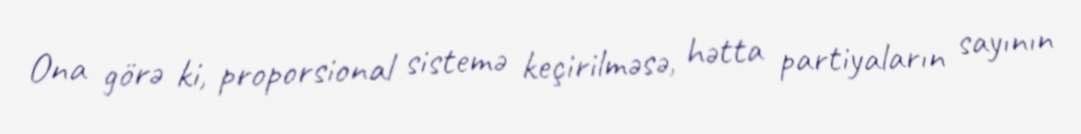
Ona görə ki, proporsional sistemə keçirilməsə, hətta partiyaların sayının